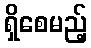
ရှိစေမည့်